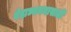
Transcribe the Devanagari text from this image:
वेदाध्ययनासाठी